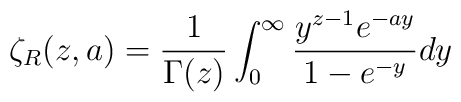
\zeta_R (z,a)={1 \over \Gamma(z)}\int_{0}^{\infty}{y^{z-1}e^{-ay} \over 1-e^{-y}}dy